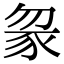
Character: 䝆